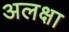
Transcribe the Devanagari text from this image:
अलक्षा